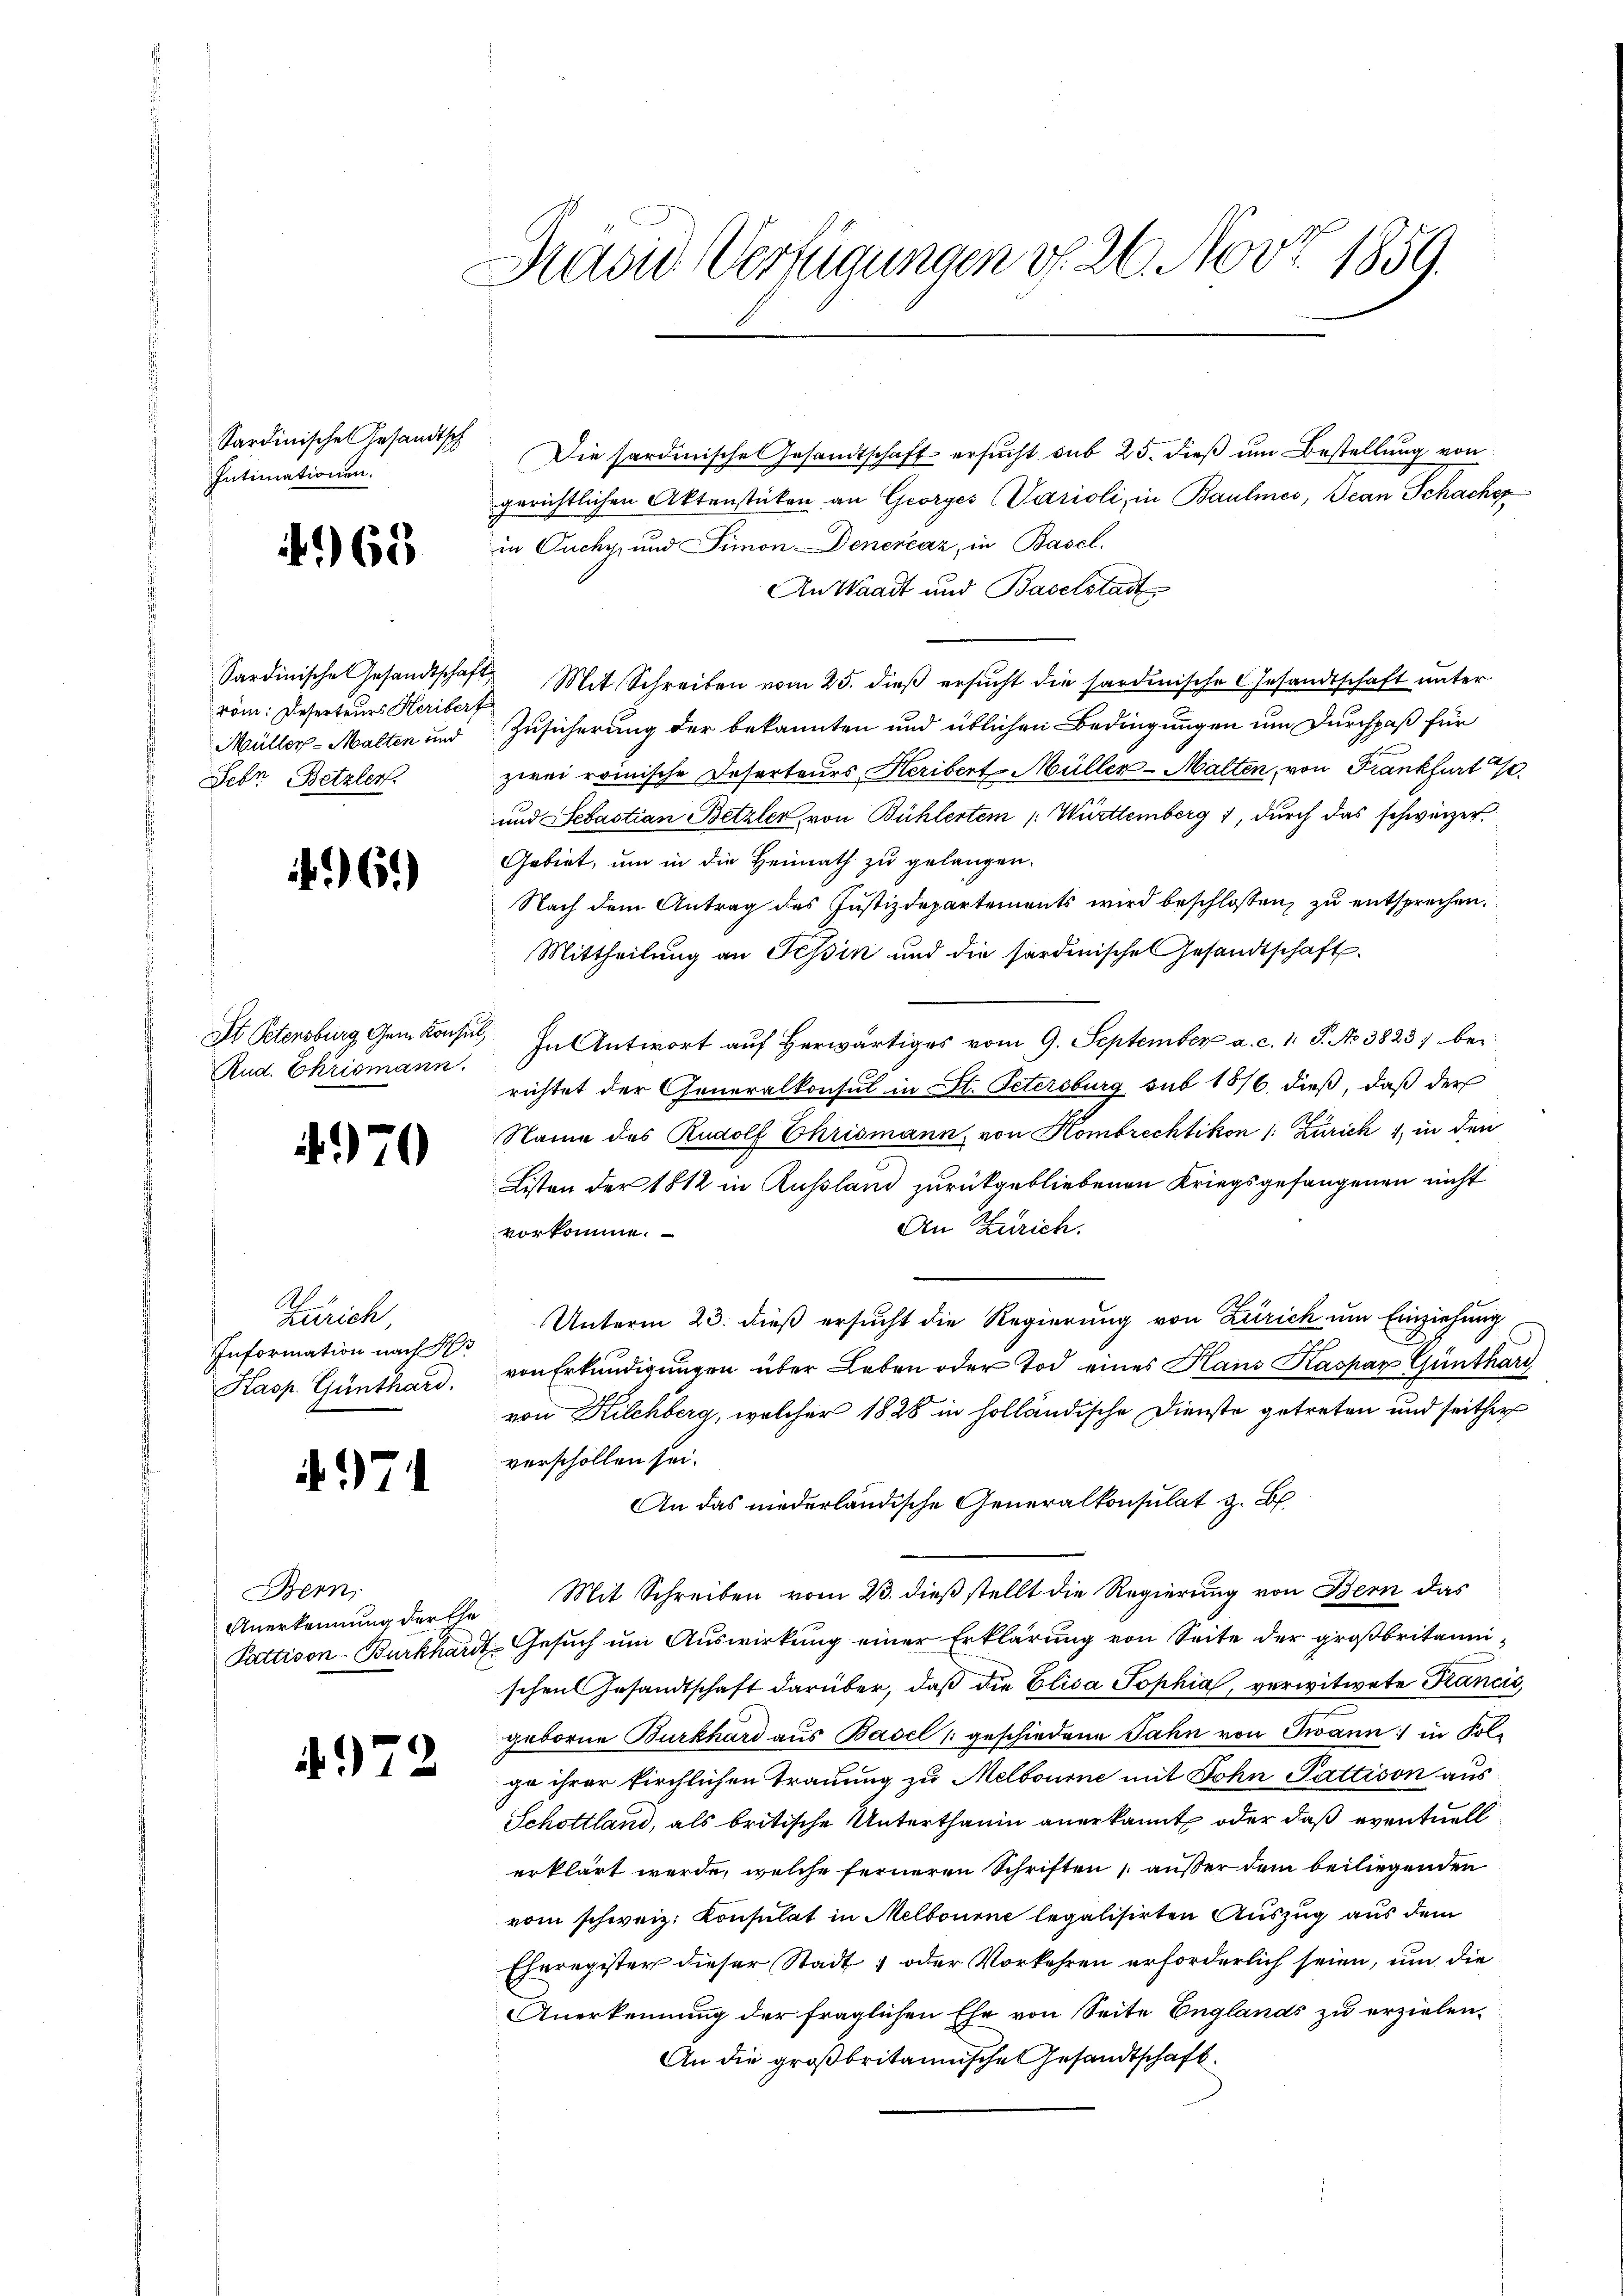
Sardinische Gesandtsch
Intimationen.

4968

Sardinische Gesandtschaft
röm: Deserteurs Heribert
Müller-Malten und
Febr. Betzler.

61)

St Petensburg Gem Konsul,
Rud. Ekrismann.

4970

Zürich,
Information nach d
Kasp. Günthard.

4974

Bern
Anerkennung der Ehe

4972

Hradie Verfügungen v. 26. Nov. 1859.

Die Pardinisches Gesandtschaft ersucht sub 25. dieß um Bestellung von
gerichtlichen Aktenstücken an Georges (Varioli, in Baulmes, Jean Schacher
in Ouchy, und Simon Denenčaz, in Basel.
An Waadt und Baselstadt
 Mit Schreiben vom 25. dieß ersucht die sardinische Gesandtschaft unter
Zusicherung der bekannten und üblichen Bedingungen um Durchpaß für
zwei reinische Deserteurs Heribert Müller-Malten, von Frankfurt 90
und Sebastian Betzler von Bühlertem /: Württemberg 1, durch das schweizer.
Gebiet, um in die Heimath zu gelangen.
Nach dem Antrag des Justizdepartements wird beschlossen, zu entsprechen.
Mittheilung an Tessin und die sardinische Gesandtschaft
In Antwort auf Herwärtiges vom 9. September a. c. 1 S. No 3823) bei
richtet der Generalkonsul in St. Petersburg sub 1816. dieß, daß der
Name des Rudolf Chrismann, von Hombrechtikon (: Zürich 1, in den
Listen der 1812 in Russland zurückgebliebenen Kriegsgefangenen nicht
An Zürich.
vorkomme.
Unterm 23. dieß ersucht die Regierung von Zürich um Einziehung
von Erkundigungen über Leben oder Tod eines Haus Kaspar Günthard
von Kilchberg, welcher 1828 in holländische Dienste getreten und seither
verschollen sei.
An das niederländische Generalkonsulat z. B.
Mit Schreiben vom 23. dieß stellt die Regierung von Bern das
Pattison-Burkhardt-Gesuch um Auswirkung einer Erklärung von Seite der großbritannischen Gesandtschaft darüber, daß die Elisa Sophia, verwitwete Francis
geborne Burkhard aus Basel geschiedene Jahn von Twann in Folge ihrer kirchlichen Trauung zu Melbourne mit John Pattison aus
Schottland, als britische Unterthanin anerkannt, oder daß eventuell
erklärt werde, welche ferneren Schriften außer dem beiliegenden
vom schweiz. Konsulat in Melbourne legalisirten Auszug aus dem
Eheregister dieser Stadt, oder Vorkehren erforderlich seien, um die
Anerkennung der fraglichen Ehe von Seite Englands zu erzielen.
An die großbritannische Gesandtschaft.